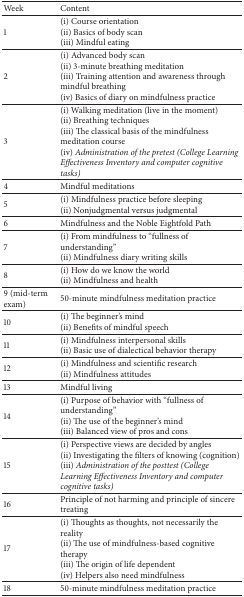
<table><thead><tr><td><b>Week</b></td><td><b>Content</b></td></tr></thead><tbody><tr><td>1</td><td>(i) Course orientation(ii) Basics of body scan (iii) Mindful eating</td></tr><tr><td>2</td><td>(i) Advanced body scan(ii) 3-minute breathing meditation(iii) Training attention and awareness through mindful breathing(iv) Basics of diary on mindfulness practice</td></tr><tr><td>3</td><td>(i) Walking meditation (live in the moment)(ii) Breathing techniques(iii) The classical basis of the mindfulness meditation course(iv) <i>Administration of the pretest (College Learning Effectiveness Inventory and computer cognitive tasks)</i></td></tr><tr><td>4</td><td>Mindful meditations</td></tr><tr><td>5</td><td>(i) Mindfulness practice before sleeping(ii) Nonjudgmental versus judgmental</td></tr><tr><td>6</td><td>Mindfulness and the Noble Eightfold Path</td></tr><tr><td>7</td><td>(i) From mindfulness to “fullness of understanding” (ii) Mindfulness diary writing skills</td></tr><tr><td>8</td><td>(i) How do we know the world(ii) Mindfulness and health</td></tr><tr><td>9 (mid-term exam) </td><td>50-minute mindfulness meditation practice</td></tr><tr><td>10</td><td>(i) The beginner&#x27;s mind(ii) Benefits of mindful speech</td></tr><tr><td>11</td><td>(i) Mindfulness interpersonal skills(ii) Basic use of dialectical behavior therapy</td></tr><tr><td>12</td><td>(i) Mindfulness and scientific research(ii) Mindfulness attitudes</td></tr><tr><td>13</td><td>Mindful living</td></tr><tr><td>14</td><td>(i) Purpose of behavior with “fullness of understanding”(ii) The use of the beginner&#x27;s mind(iii) Balanced view of pros and cons</td></tr><tr><td>15</td><td>(i) Perspective views are decided by angles(ii) Investigating the filters of knowing (cognition)(iii) <i>Administration of the posttest (College Learning Effectiveness Inventory and computer cognitive tasks)</i></td></tr><tr><td>16</td><td>Principle of not harming and principle of sincere treating</td></tr><tr><td>17</td><td>(i) Thoughts as thoughts, not necessarily the reality(ii) The use of mindfulness-based cognitive therapy(iii) The origin of life dependent (iv) Helpers also need mindfulness</td></tr><tr><td>18</td><td>50-minute mindfulness meditation practice</td></tr></tbody></table>